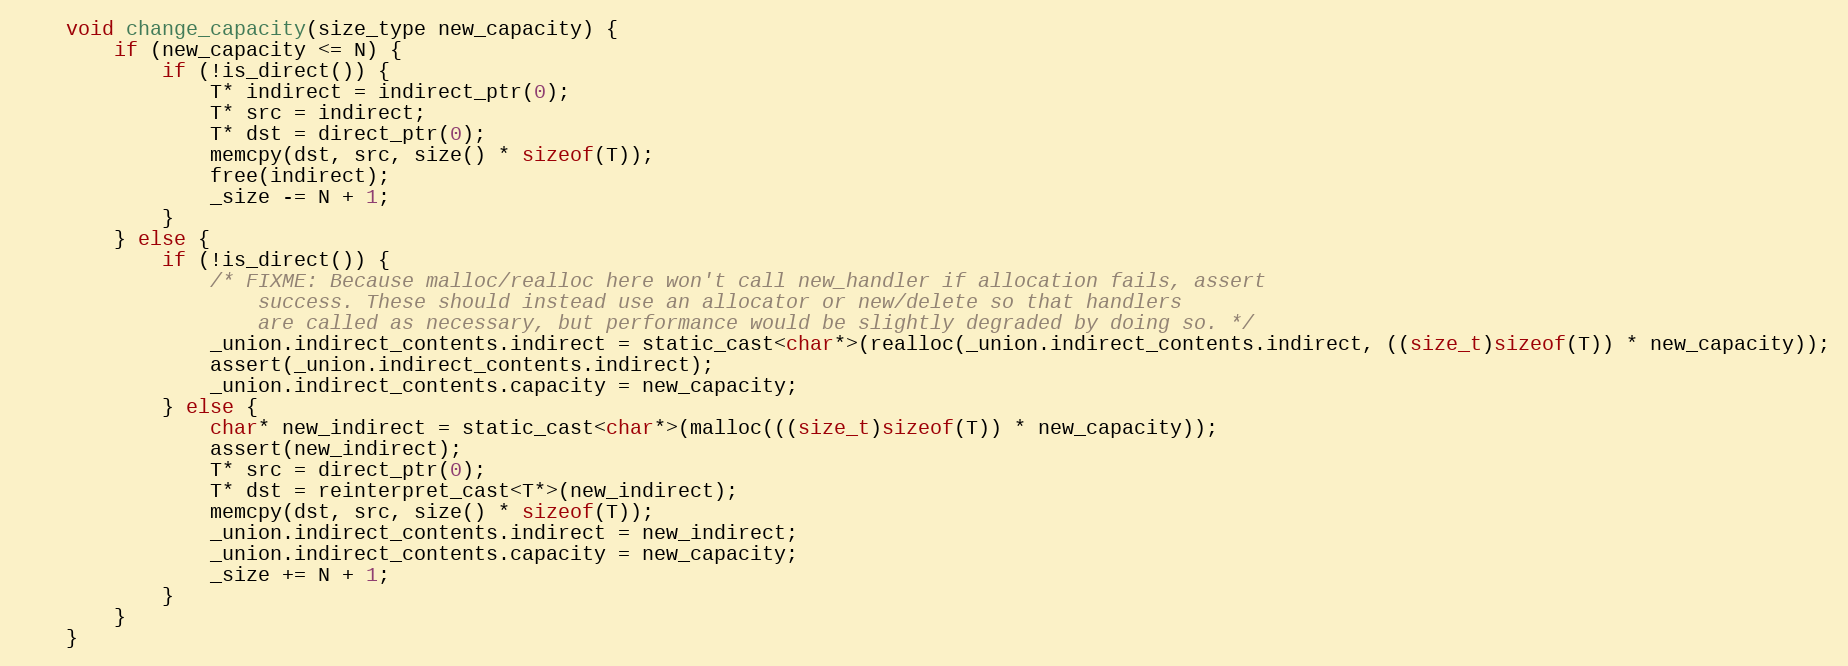
Language: C
    void change_capacity(size_type new_capacity) {
        if (new_capacity <= N) {
            if (!is_direct()) {
                T* indirect = indirect_ptr(0);
                T* src = indirect;
                T* dst = direct_ptr(0);
                memcpy(dst, src, size() * sizeof(T));
                free(indirect);
                _size -= N + 1;
            }
        } else {
            if (!is_direct()) {
                /* FIXME: Because malloc/realloc here won't call new_handler if allocation fails, assert
                    success. These should instead use an allocator or new/delete so that handlers
                    are called as necessary, but performance would be slightly degraded by doing so. */
                _union.indirect_contents.indirect = static_cast<char*>(realloc(_union.indirect_contents.indirect, ((size_t)sizeof(T)) * new_capacity));
                assert(_union.indirect_contents.indirect);
                _union.indirect_contents.capacity = new_capacity;
            } else {
                char* new_indirect = static_cast<char*>(malloc(((size_t)sizeof(T)) * new_capacity));
                assert(new_indirect);
                T* src = direct_ptr(0);
                T* dst = reinterpret_cast<T*>(new_indirect);
                memcpy(dst, src, size() * sizeof(T));
                _union.indirect_contents.indirect = new_indirect;
                _union.indirect_contents.capacity = new_capacity;
                _size += N + 1;
            }
        }
    }